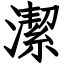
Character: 潔